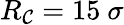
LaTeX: R_{\mathcal{C}}=15~\sigma